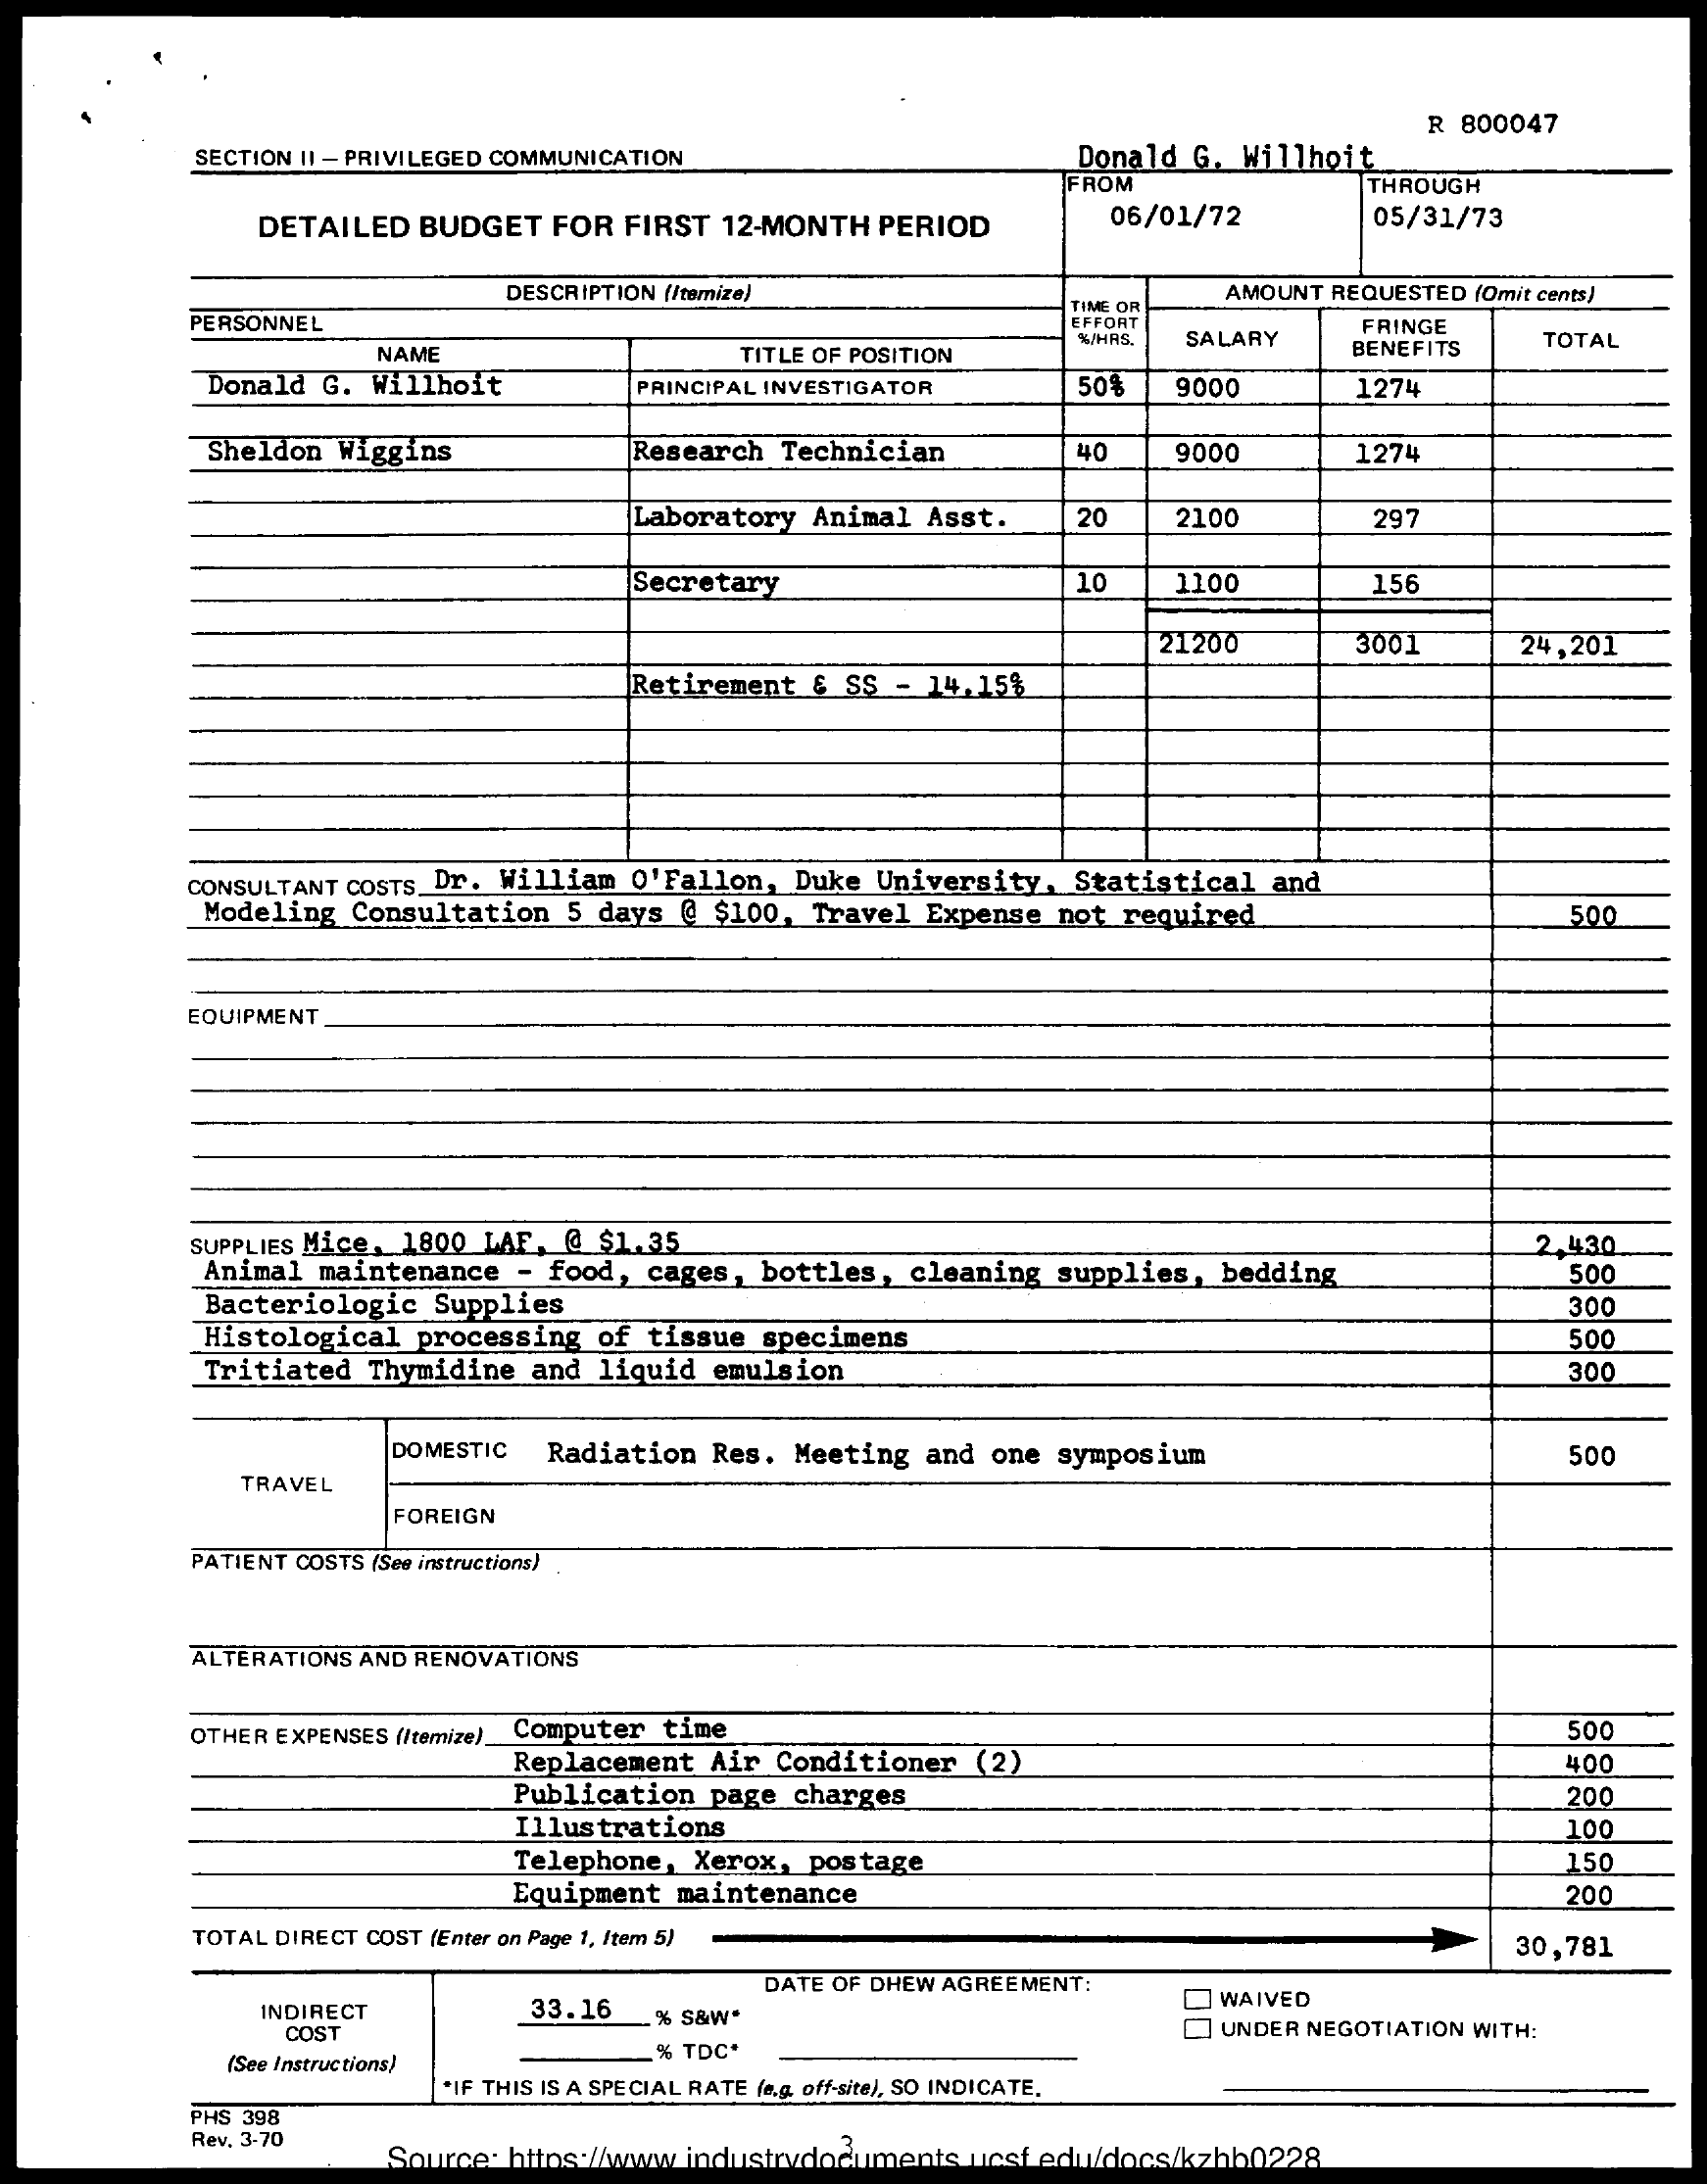
R 800047
     SECTION II - PRIVILEGED COMMUNICATION    Donald G. Willhoit
     FROM    THROUGH
     DETAILED BUDGET FOR FIRST 12-MONTH PERIOD    06/01/72    05/31/73
     DESCRIPTION (/temize)    AMOUNT REQUESTED (Omit cents)
     PERSONNEL
     TIME OR
     EFFORT
     NAME
     %/HAS. SALARY
     FRINGE
     BENEFITS   TOTAL
     Donald G. Willhoit
     TITLE OF POSITION
     PRINCIPAL INVESTIGATOR   50%   9000    1274
     Sheldon Wiggins    Research Technician    40    9000    1274
     Laboratory Animal Asst.  20    2100    297
     Secretary    10    1100    156
     21200    3001    24,201
     Retirement & SS - 14,15%
     CONSULTANT COSTS_Dr. William O'Fallon, Duke University, Statistical and
     Modeling Consultation 5 days @ $100, Travel Expense not required    500
     EQUIPMENT
     SUPPLIES Mice, 1800 LAF, @ $1.35
     Animal maintenance - food, cages, bottles, cleaning supplies, bedding
     2.430
     500
     Bacteriologic Supplies
     Histological processing of tissue specimens
     300
     500
     Tritiated Thymidine and liquid emulsion    300
     DOMESTIC Radiation Res. Meeting and one symposium    500
     TRAVEL
     FOREIGN
     PATIENT COSTS (See instructions)
     ALTERATIONS AND RENOVATIONS
     OTHER EXPENSES (Itemize). Computer time    500
     Replacement Air Conditioner (2)
     Publication page charges
     400
     Illustrations
     200
     100
     Telephone, Xerox, postage    150
     Equipment maintenance    200
     TOTAL DIRECT COST (Enter on Page 1, Item 5)    30,781
     33.16
     DATE OF DHEW AGREEMENT:
     INDIRECT    QWAIVED
     COST
     % S&W*    UNDER NEGOTIATION WITH:
     (See Instructions)    % TDC*
     "IF THIS IS A SPECIAL RATE (e.g. off-site), SO INDICATE,
     PHS 398
     Rev. 3-70
     Source: https://www.industrydocuments_ucsf edu/docs/kzhb0228